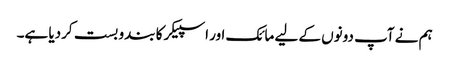
ہم نے آپ دونوں کے لیے مائک اور اسپیکر کا بندو بست کردیا ہے۔